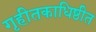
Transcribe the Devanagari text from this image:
गृहीतकाधिष्ठीत